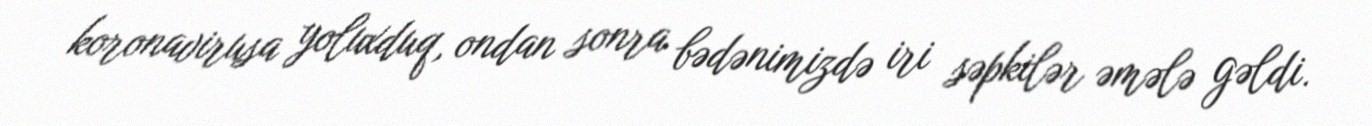
koronavirusa yoluxduq, ondan sonra bədənimizdə iri səpkilər əmələ gəldi.